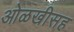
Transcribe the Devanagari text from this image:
ओळखीसह